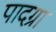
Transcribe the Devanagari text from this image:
पादग्रा